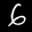
Label: 6